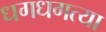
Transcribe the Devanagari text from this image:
धगधगत्या